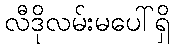
လီဒိုလမ်းမပေါ်ရှိ